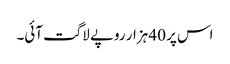
اس پر 40 ہزار روپے لاگت آئی۔